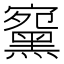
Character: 䵫